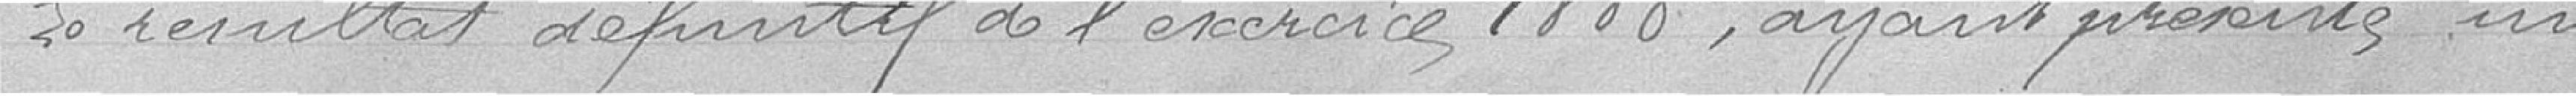
Le résultat définitif de l'exercice 1888, ayant présenté un